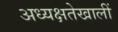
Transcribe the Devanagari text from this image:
अध्यक्षतेखालीं